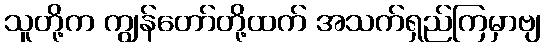
သူတို့က ကျွန်တော်တို့ထက် အသက်ရှည်ကြမှာဗျ